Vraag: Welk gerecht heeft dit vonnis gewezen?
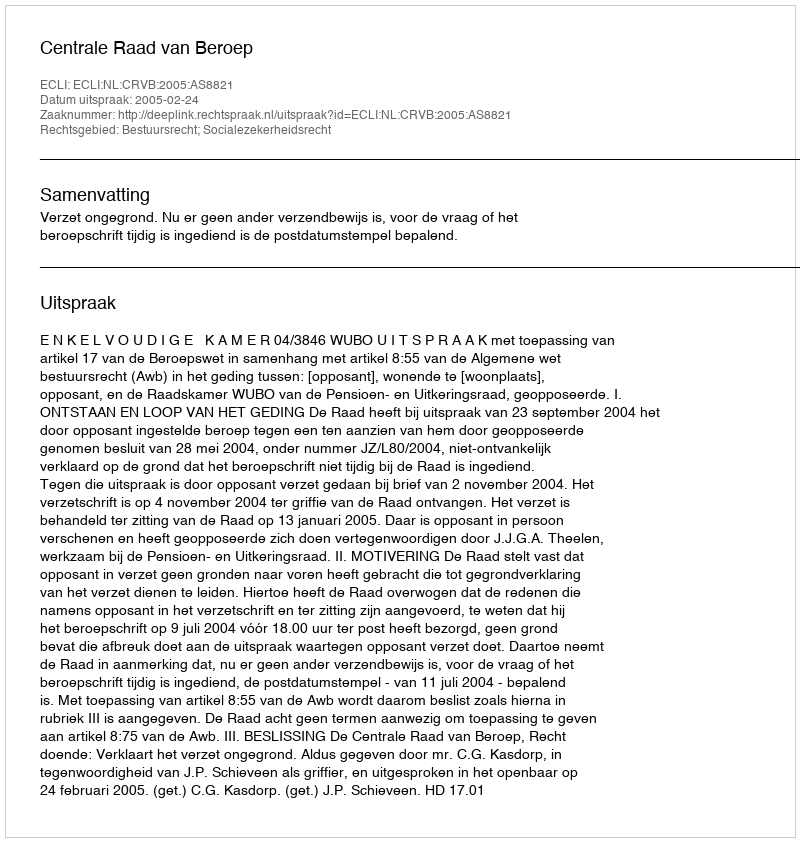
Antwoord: Centrale Raad van Beroep